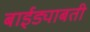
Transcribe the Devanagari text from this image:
बाईड्याबती